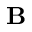
\mathbf { B }